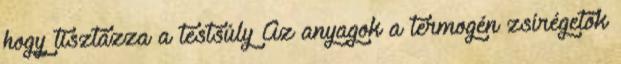
hogy tisztázza a testsúly Az anyagok a termogén zsírégetők